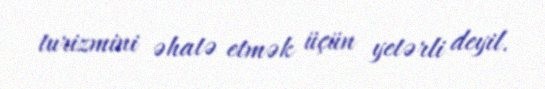
turizmini əhatə etmək üçün yetərli deyil.